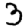
Digit: 3